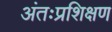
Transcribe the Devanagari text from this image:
अंतःप्रशिक्षण